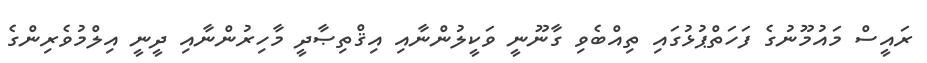
ރައީސް މައުމޫނުގެ ފަހަތްޕުޅުގައި ތިއްބެވި ގާނޫނީ ވަކީލުންނާއި އިޤްތިޞާދީ މާހިރުންނާއި ދީނީ އިލްމުވެރިންގެ